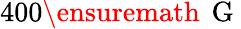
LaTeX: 400\ensuremath{\, \mathrm{~G~}}